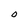
Character: O